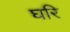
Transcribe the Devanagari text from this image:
घरि